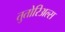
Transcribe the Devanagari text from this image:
तुतोरिअल्स